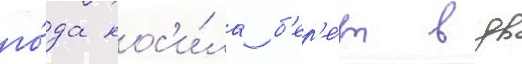
го́да нос'и́ла б'ер'е́т вдв